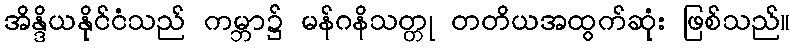
အိန္ဒိယနိုင်ငံသည် ကမ္ဘာ၌ မန်ဂနိသတ္တု တတိယအထွက်ဆုံး ဖြစ်သည်။